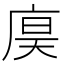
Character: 𪪙